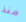
منذ